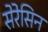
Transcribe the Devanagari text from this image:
सेरेसिन